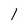
Character: l